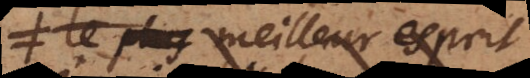
le plus meilleur esprit